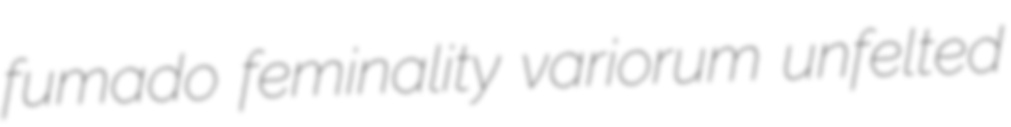
fumado feminality variorum unfelted